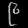
Digit: ၉